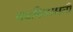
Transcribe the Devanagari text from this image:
बदकिसमती